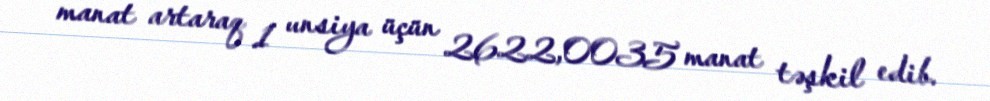
manat artaraq 1 unsiya üçün 2622,0035 manat təşkil edib.